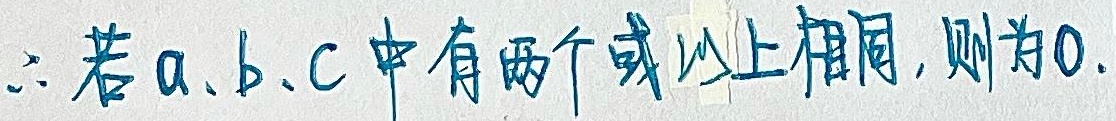
\(\therefore\)若\(a、b、c\)中有两个或以上相同，则为\(0\)。